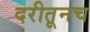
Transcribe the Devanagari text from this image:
दरीतूनच